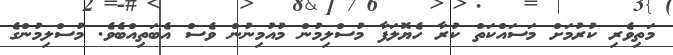
މަތިވެރި ކުރުމަށް މަސައްކަތް ކުރާ ހެޔޮލަފާ މުސްލިމުން މުއުމިނުން ވެސް އެބަތިއްބެވެ. މުސްލިމުންގެ